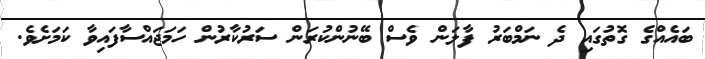
ބައެއްގެ ގޮތުގައި ދެ ނަމްބަރު ފާލަން ވެސް ބޭނުންކުރަން ސަރުކާރުން ހަމަޖައްސާފައިވާ ކަމަށެވެ.